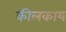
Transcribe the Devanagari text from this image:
कीलकाय